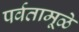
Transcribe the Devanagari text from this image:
पर्वतामूळे